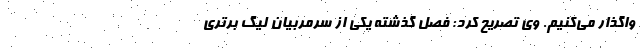
واگذار می‌کنیم. وی تصریح کرد: فصل گذشته یکی از سرمربیان لیگ برتری